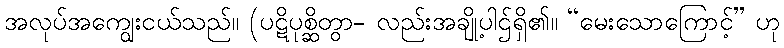
အလုပ်အကျွေးငယ်သည်။ (ပဋိပုစ္ဆိတွာ- လည်းအချို့ပါဌ်ရှိ၏။ “မေးသောကြောင့်” ဟု